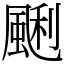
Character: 䬆